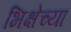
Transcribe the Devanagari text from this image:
भिक्षेच्या